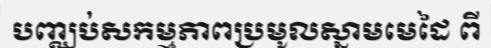
បញ្ឈប់សកម្មភាពប្រមូលស្នាមមេដៃ ពី